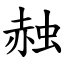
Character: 赨